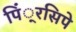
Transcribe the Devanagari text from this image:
पिं्रसिपे